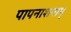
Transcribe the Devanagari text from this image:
पापनाशनाम्